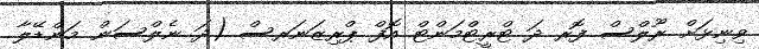
ވިނިޅަށް ރޫލްސް ފޮރ ދަ ޓްރީޓްމަންޓް އޮފް ޕްރިޒަނަރސް (ދަ ނެލްސަން މަންޑޭލާ